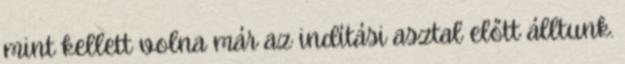
mint kellett volna már az indítási asztal előtt álltunk.